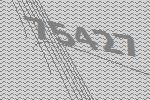
75427